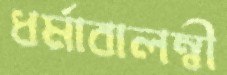
ধর্মাবালম্বী